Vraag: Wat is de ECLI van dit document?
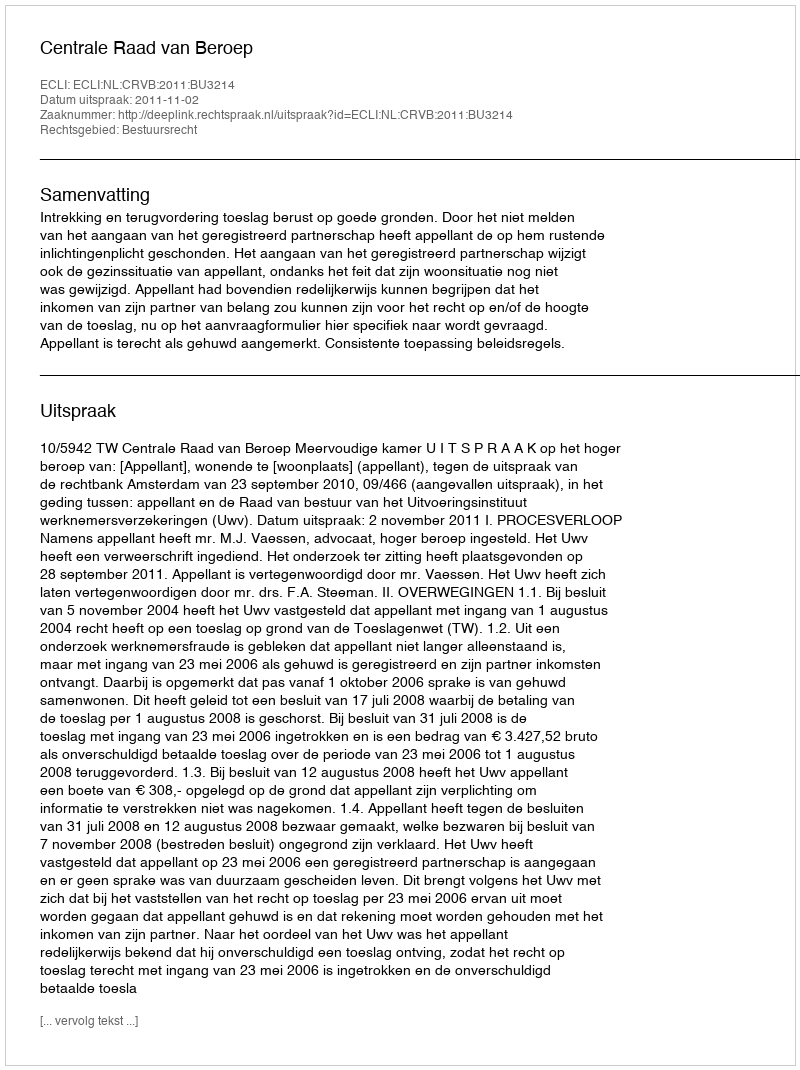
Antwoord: ECLI:NL:CRVB:2011:BU3214